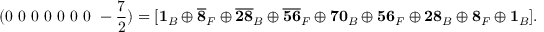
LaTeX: ( 0 ~ 0 ~ 0 ~ 0 ~ 0 ~ 0 ~ 0 ~ - \frac { 7 } { 2 } ) = [ { \bf 1 } _ { B } \oplus { \bf \overline { { { 8 } } } } _ { F } \oplus { \bf \overline { { { 2 8 } } } } _ { B } \oplus { \bf \overline { { { 5 6 } } } } _ { F } \oplus { \bf 7 0 } _ { B } \oplus { \bf 5 6 } _ { F } \oplus { \bf 2 8 } _ { B } \oplus { \bf 8 } _ { F } \oplus { \bf 1 } _ { B } ] .